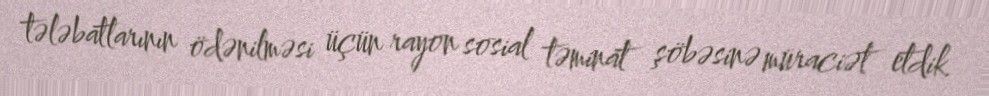
tələbatlarının ödənilməsi üçün rayon sosial təminat şöbəsinə müraciət etdik.